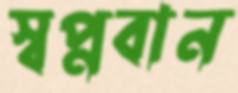
স্বপ্নবান